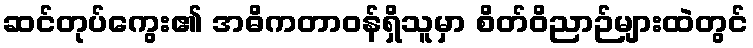
ဆင်တုပ်ကွေး၏ အဓိကတာဝန်ရှိသူမှာ စိတ်ဝိညာဉ်များထဲတွင်